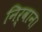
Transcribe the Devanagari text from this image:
निर्वान।